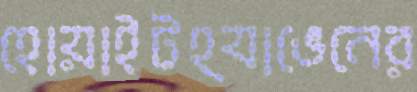
হোয়াইটহ্যাভেনের